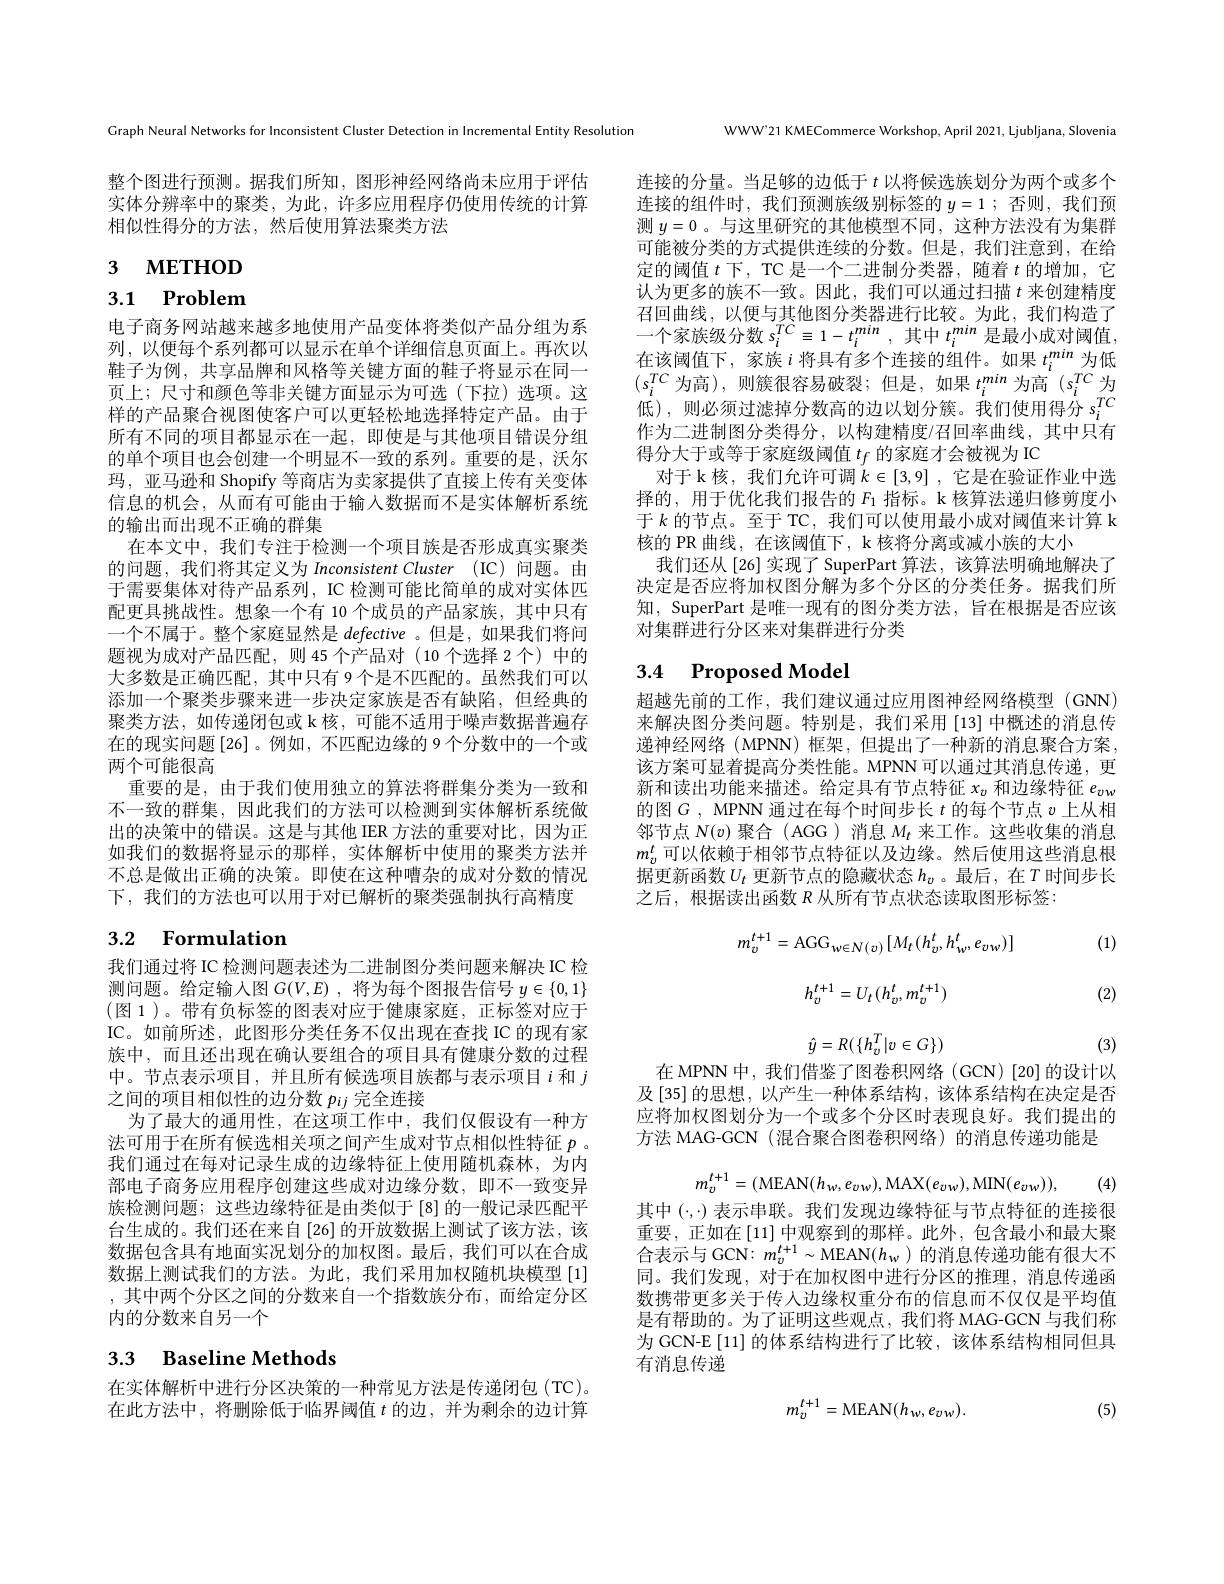
Graph Neural Networks for Inconsistent Cluster Detection in Incremental Entity Resolution

整个图进行预测。据我们所知，图形神经网络尚未应用于评估实体分辨率中的聚类，为此，许多应用程序仍使用传统的计算相似性得分的方法，然后使用算法聚类方法

# 3 метнод

3.1 Problem

电子商务网站越来越多地使用产品变体将类似产品分组为系列，以便每个系列都可以显示在单个详细信息页面上。再次以鞋子为例，共享品牌和风格等关键方面的鞋子将显示在同一页上；尺寸和颜色等非关键方面显示为可选(下拉)选项。这样的产品聚合视图使客户可以更轻松地选择特定产品。由于所有不同的项目都显示在一起，即使是与其他项目错误分组的单个项目也会创建一个明显不一致的系列。重要的是，沃尔玛，亚马逊和 Shopify 等商店为卖家提供了直接上传有关变体信息的机会，从而有可能由于输入数据而不是实体解析系统的输出而出现不正确的群集
在本文中，我们专注于检测一个项目族是否形成真实聚类的问题，我们将其定义为 Inconsistent Cluster (IC) 问题。由于需要集体对待产品系列，IC 检测可能比简单的成对实体匹配更具挑战性。想象一个有 10 个成员的产品家族，其中只有一个不属于。整个家庭显然是defective 。但是，如果我们将问题视为成对产品匹配，则 45 个产品对(10 个选择 2个) 中的大多数是正确匹配，其中只有 9 个是不匹配的。虽然我们可以添加一个聚类步骤来进一步决定家族是否有缺陷，但经典的聚类方法，如传递闭包或 k 核，可能不适用于噪声数据普遍存在的现实问题[26]。例如，不匹配边缘的 9 个分数中的一个或两个可能很高
重要的是，由于我们使用独立的算法将群集分类为一致和不一致的群集，因此我们的方法可以检测到实体解析系统做出的决策中的错误。这是与其他 IER 方法的重要对比，因为正如我们的数据将显示的那样，实体解析中使用的聚类方法并不总是做出正确的决策。即使在这种嘈杂的成对分数的情况下，我们的方法也可以用于对已解析的聚类强制执行高精度

# 3.2 Formulation

我们通过将 IC 检测问题表述为二进制图分类问题来解决 IC 检测问题。给定输入图$G(V,E)$ ,将为每个图报告信号$y\in\{0,1\}$ (图 1)。带有负标签的图表对应于健康家庭，正标签对应于IC。如前所述，此图形分类任务不仅出现在查找 IC 的现有家族中，而且还出现在确认要组合的项目具有健康分数的过程中。节点表示项目，并且所有候选项目族都与表示项目$i$和 $j$ 之间的项目相似性的边分数$p_{ij}$完全连接
为了最大的通用性，在这项工作中，我们仅假设有一种方法可用于在所有候选相关项之间产生成对节点相似性特征$p$ 。我们通过在每对记录生成的边缘特征上使用随机森林，为内部电子商务应用程序创建这些成对边缘分数，即不一致变异族检测问题；这些边缘特征是由类似于 [8] 的一般记录匹配平台生成的。我们还在来自[26]的开放数据上测试了该方法，该数据包含具有地面实况划分的加权图。最后，我们可以在合成数据上测试我们的方法。为此，我们采用加权随机块模型[1] ,其中两个分区之间的分数来自一个指数族分布，而给定分区内的分数来自另一个

# 3.3 Baseline Methods

在实体解析中进行分区决策的一种常见方法是传递闭包(TC)。在此方法中，将删除低于临界阈值$t$的边，并为剩余的边计算

WWW'21 KMECommerce Workshop, April 2021, Ljubljana, Slovenia

连接的分量。当足够的边低于$t$以将候选族划分为两个或多个连接的组件时，我们预测族级别标签的$y= 1$ ; 否则，我们预测$y=0$ 。与这里研究的其他模型不同，这种方法没有为集群可能被分类的方式提供连续的分数。但是，我们注意到，在给定的阈值$t$下，TC 是一个二进制分类器，随着$t$的增加，它认为更多的族不一致。因此，我们可以通过扫描$t$来创建精度召回曲线，以便与其他图分类器进行比较。为此，我们构造了一个家族级分数$s_i^{TC}\equiv1-t_i^{min}$,其中$t_i^{min}$是最小成对阈值， 在该阈值下，家族$i$将具有多个连接的组件。如果$t_i^{min}$为低$( s_{i}^{TC}$ 为 高 ) , 则 簇 很 容 易 破 裂 ; 但 是 , 如 果 $t_{i}^{min}$ 为 高 $( s_{i}^{TC}$ 为 低 ) , 则 必 须 过 滤 掉 分 数 高 的 边 以 划 分 簇 。我 们 使 用 得 分 $s_{i}^{TC}$ 作为二进制图分类得分，以构建精度/召回率曲线，其中只有得分大于或等于家庭级阈值$t_f$的家庭才会被视为 IC
对于 k 核，我们允许可调$k\in[3,9]$ ,它是在验证作业中选择的，用于优化我们报告的$F_{1}$指标。k 核算法递归修剪度小于$k$ 的节点。至于 TC, 我们可以使用最小成对阈值来计算 k 核的 PR 曲线，在该阈值下，k 核将分离或减小族的大小
我们还从[26]实现了SuperPart 算法，该算法明确地解决了决定是否应将加权图分解为多个分区的分类任务。据我们所知，SuperPart 是唯一现有的图分类方法，旨在根据是否应该对集群进行分区来对集群进行分类

# 3.4 Proposed Model

超越先前的工作，我们建议通过应用图神经网络模型(GNN) 来解决图分类问题。特别是，我们采用[13]中概述的消息传递神经网络(MPNN) 框架，但提出了一种新的消息聚合方案， 该方案可显着提高分类性能。MPNN可以通过其消息传递，更新和读出功能来描述。给定具有节点特征$x_v$和边缘特征$e_{vw}$ 的图$G$, MPNN 通过在每个时间步长$t$的每个节点$v$上从相邻节点$N(v)$聚合 (AGG ) 消息$M_t$来工作。这些收集的消息$m_v^t$可以依赖于相邻节点特征以及边缘。然后使用这些消息根据更新函数$U_t$更新节点的隐藏状态$h_v$ 。最后，在$T$时间步长之后，根据读出函数$R$从所有节点状态读取图形标签：

(1)
$$m_{v}^{t+1}=\mathrm{AGG}_{w\in N(v)}\left[M_{t}(h_{v}^{t},h_{w}^{t},e_{vw})\right]$$
$$h_v^{t+1}=U_t(h_v^t,m_v^{t+1})$$
$$\hat{y}=R(\{h_{v}^{T}|v\in G\})$$
(2)

(3)

在 MPNN 中，我们借鉴了图卷积网络 (GCN)[20]的设计以及[35]的思想，以产生一种体系结构，该体系结构在决定是否应将加权图划分为一个或多个分区时表现良好。我们提出的方法 MAG-GCN (混合聚合图卷积网络)的消息传递功能是
$$m_{v}^{t+1}=(\mathrm{MEAN}(h_{w},e_{vw}),\mathrm{MAX}(e_{vw}),\mathrm{MIN}(e_{vw})),$$
(4)

其中 ($\cdot,\cdot)$表示串联。我们发现边缘特征与节点特征的连接很重要，正如在$\left[11\right]$中观察到的那样。此外，包含最小和最大聚合表示与 GCN: $m_v^{t+1}\sim$MEAN$(h_w)$的消息传递功能有很大不同。我们发现，对于在加权图中进行分区的推理，消息传递函数携带更多关于传人边缘权重分布的信息而不仅仅是平均值是有帮助的。为了证明这些观点，我们将 MAG-GCN 与我们称为 GCN-E [11] 的体系结构进行了比较，该体系结构相同但具有消息传递

(5)
$$m_{v}^{t+1}=\mathrm{MEAN}(h_{w},e_{vw}).$$